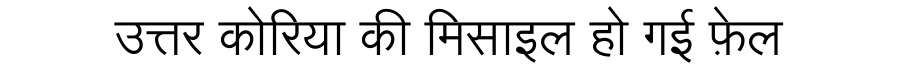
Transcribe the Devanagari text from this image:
उत्तर कोरिया की मिसाइल हो गई फ़ेल